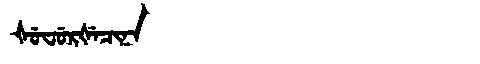
Manchu: ᡧᡠᠸᡠᡵᡧᡝᠴᡳᠨᠠ
Romanization: ŠUFURŠECINA